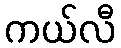
ကယ်လီ